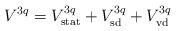
LaTeX: \begin{align*}V^{3q} = V^{3q}_{{\rm stat}} + V^{3q}_{{\rm sd}} +V^{3q}_{{\rm vd}}\end{align*}